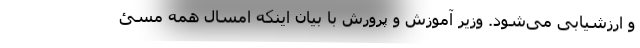
و ارزشیابی می‌شود. وزیر آموزش و پرورش با بیان اینکه امسال همه مسئ